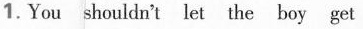
1.You shouldn't let the boy get